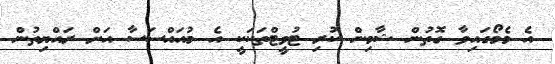
އެ މެމޯގައިވާ ގޮތުން ޝާމިން ކުރި ޓުވީޓްތަކަކީ އެ މުއައްސަސާ އަށް ރައްޔިތުން